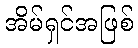
အိမ်ရှင်အဖြစ်